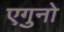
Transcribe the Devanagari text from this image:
एगुनो